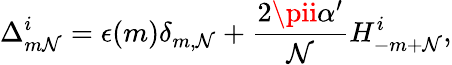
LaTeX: \Delta_{m\mathcal{N}}^{i}=\epsilon(m)\delta_{m,\mathcal{N}}+\frac{{2\pii\alpha^{\prime}}}{{\mathcal{N}}}H_{-m+\mathcal{N}}^{i},